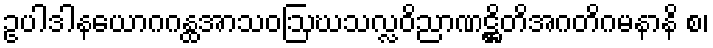
ဥပါဒါနယောဂဂန္ထအာသဝဩဃသလ္လဝိညာဏဋ္ဌိတိအဂတိဂမနာနိ စ၊